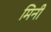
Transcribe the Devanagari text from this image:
मिनी